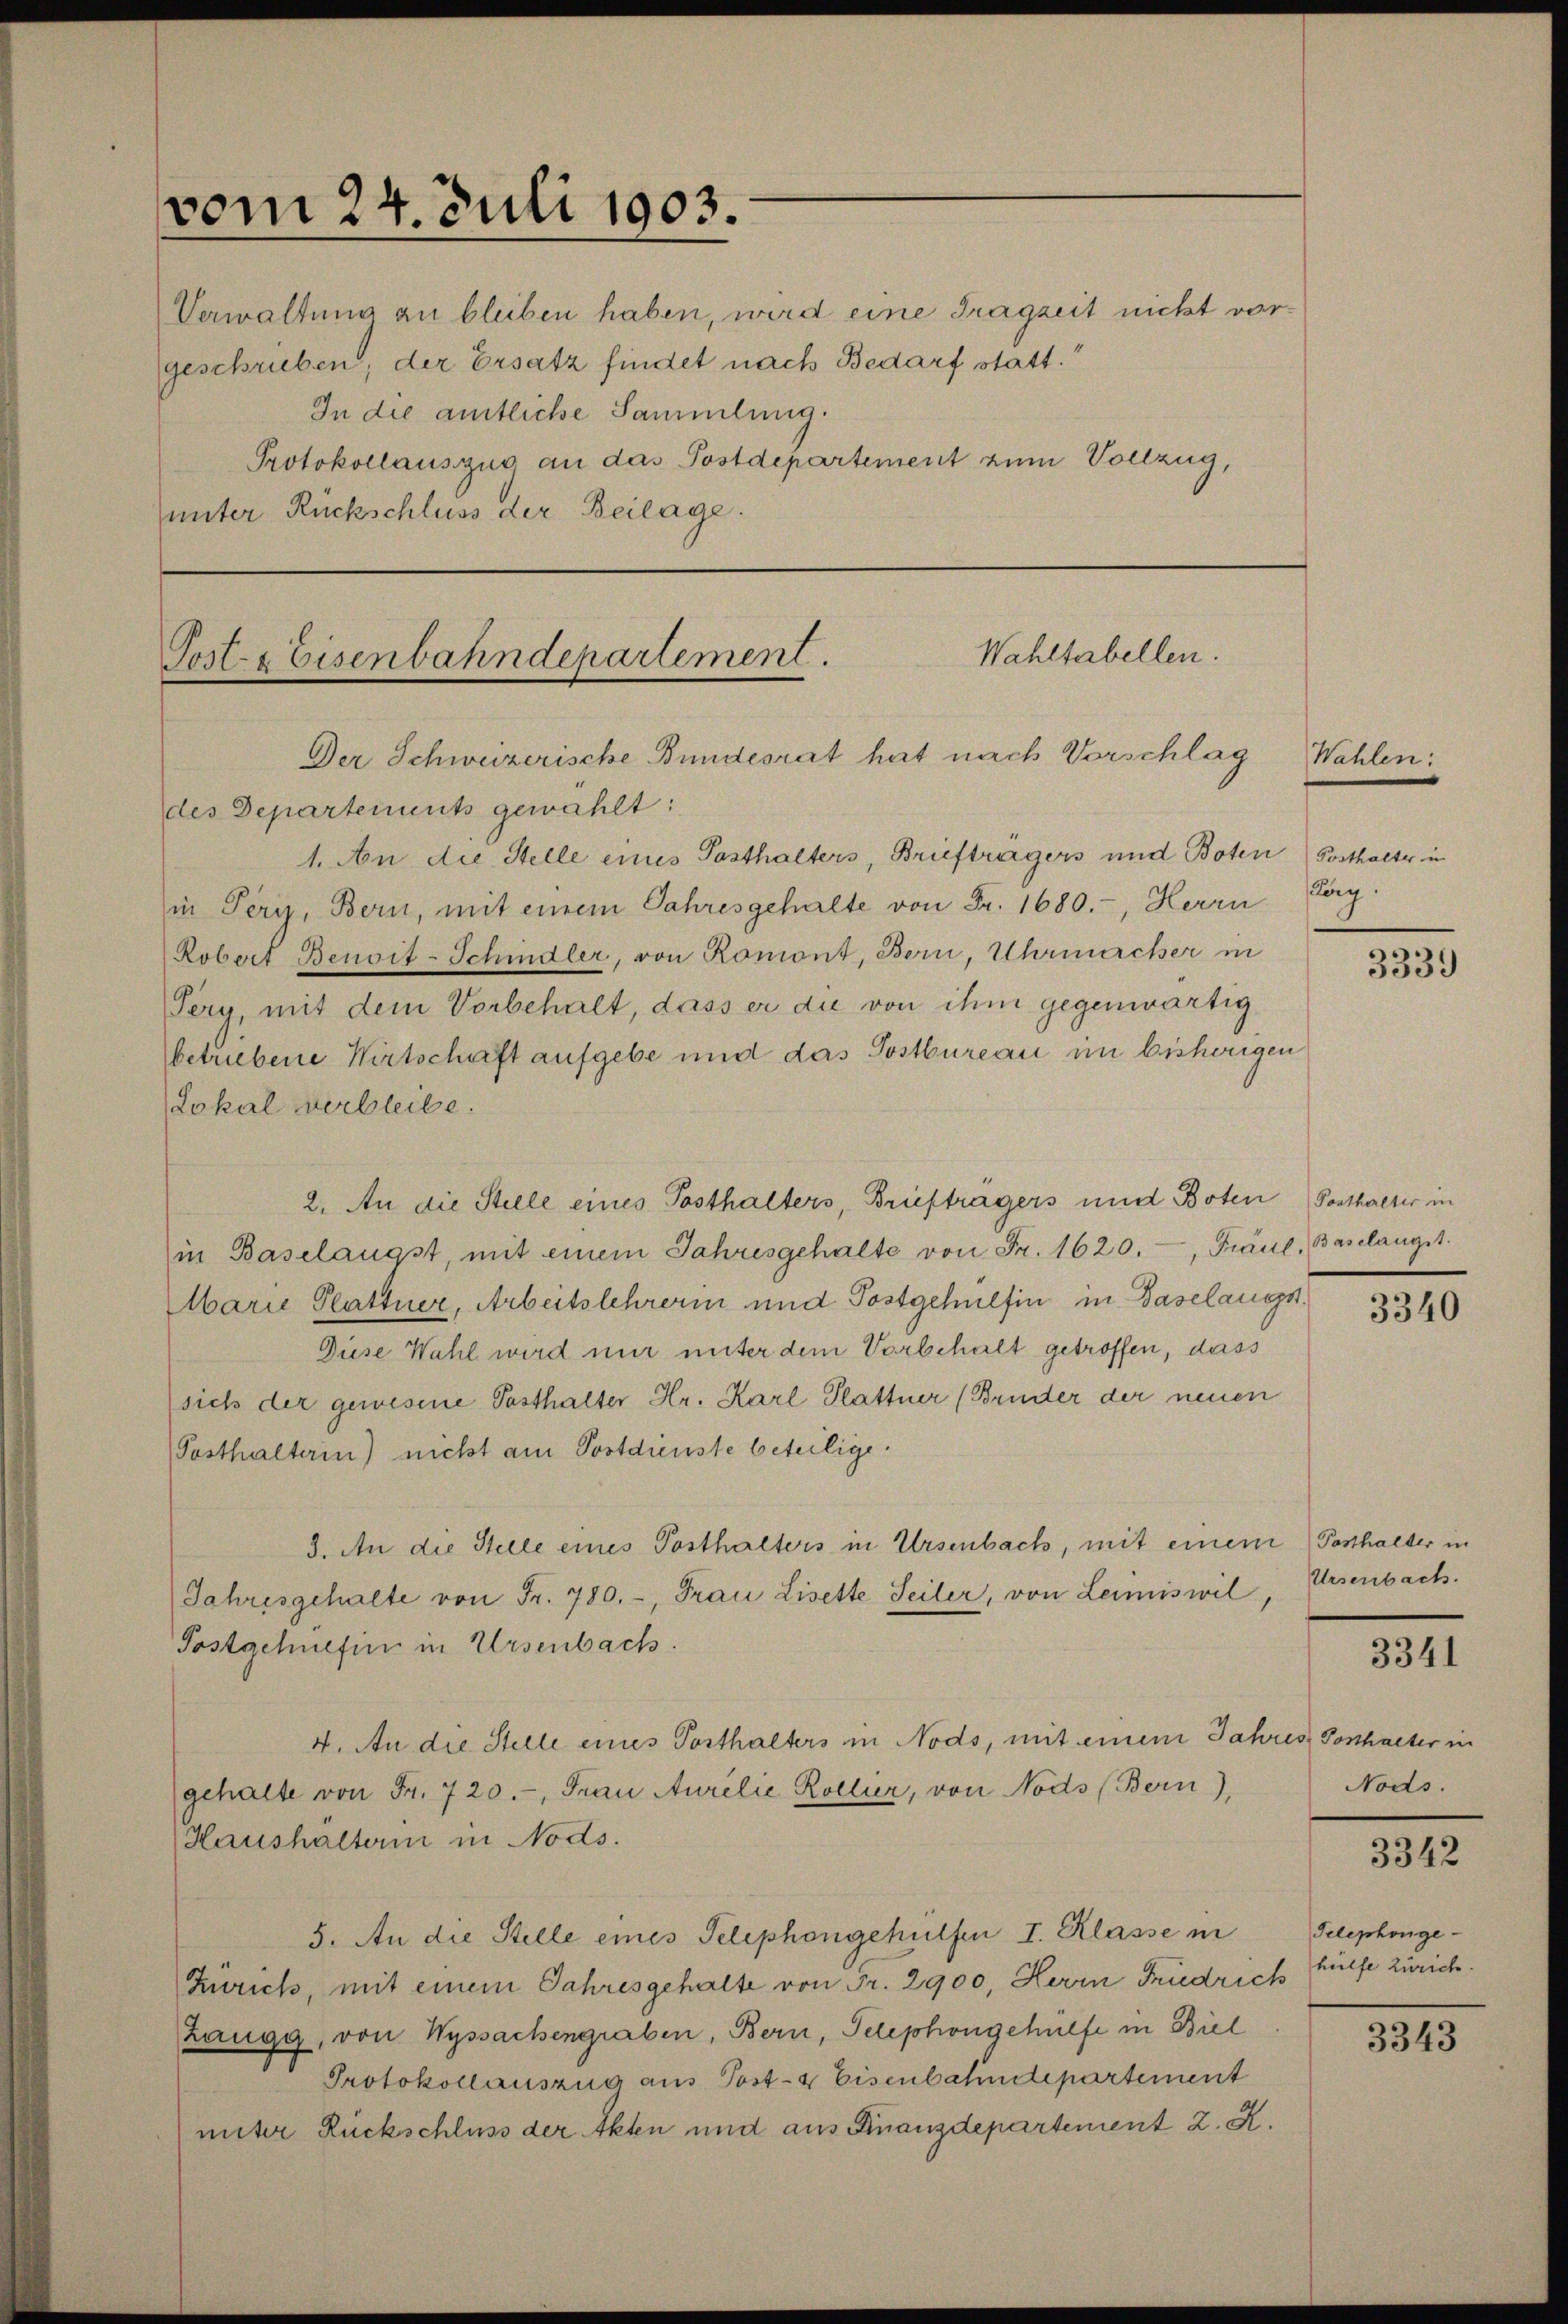
vom 24. Juli 1903.

geschrieben; der Ersatz findet nach Bedarf statt.
In die amtliche Sammlung.
Protokollauszug an das Postdepartement zum Vollzug,
unter Rückschluss der Beilage.

Wahltabellen.
Post- & Eisenbahndepartement.
Der Schweizerische Bundesrat hat nach Vorschlag

Verwaltung zu bleiben haben, wird eine Tragzeit nicht vor¬

2. An die Stelle eines Posthalters, Briefträgers und Boten

des Departements gewählt:
1. An die Stelle eines Posthalters, Briefträgers und Boten Posthalter in
in Peri, Bern, mit einem Jahresgehalte von Fr. 1680.-, Herrn Lag
Robert Benoit-Schindler, von Romont, Bern, Uhrmarcher in
Tery, mit dem Vorbehalt, dass er die von ihm gegenwärtig
betriebene Wirtschaft aufgebe und das Postbureau im bisherigen
Lokal verbleibe.
in Baselängst, mit einem Jahresgehalte von Fr. 1620., Fraul, Baselangst.
Marie Plattner, Arbeitslehrerin und Postgehülfen in Baselangst.
Diese Wahl wird nur unter dem Vorbehalt getroffen, dass
sich der gewesene Posthalter Hr. Karl Plattner (Bruder der neuen
Posthalterin) nicht am Postdienste beteilige.
3. An die Stelle eines Posthalters in Ursenbach, mit einem
Jahresgehalte von Fr. 780.-, Frau Lisette Seiler, von Leimiswil,
Postgehüefin in Ursenbach.
4. An die Stelle eines Vorthalters in Nods, mit einem Jahres Vorthaeter in
gehalte von Fr. 720., Frau Aurelie Kollier, von Nods (Bern),
Haushältern in Nods.
5. An die Stelle eines Telephongehülfen I. Klasse in
Zürich, mit einem Jahresgehalte von Fr. 2900, Herrn Friedrich
Zangg, von Wyssachengraben, Bern, Telephongehülfe in Biel
Protokollauszug aus Post- & Eisenbahndepartement
unter Rückschluss der Akten und aus Finanzdepartement 2. X.

Wahlen:

3339

Posthalter in

3340

Posthalter in
Ursenbach.

3341

Nods.

3342

Telephonge-
hülfe Zürich.

3343